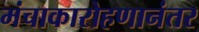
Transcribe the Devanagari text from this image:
मंचाकारोहणानंतर